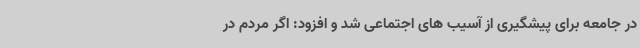
در جامعه برای پیشگیری از آسیب های اجتماعی شد و افزود: اگر مردم در